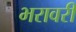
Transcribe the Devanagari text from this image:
भरावरी